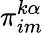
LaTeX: \pi_{im}^{k\alpha}